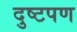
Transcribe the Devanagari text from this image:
दुष्टपण